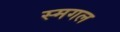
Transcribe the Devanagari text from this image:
स्मगल